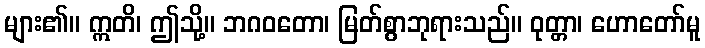
များ၏။ ဣတိ၊ ဤသို့။ ဘဂဝတော၊ မြတ်စွာဘုရားသည်။ ဝုတ္တာ၊ ဟောတော်မူ